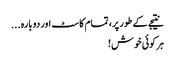
نتیجے کے طور پر، تمام کاسٹ اور دوبارہ ...
ہر کوئی خوش!